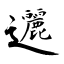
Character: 邐